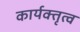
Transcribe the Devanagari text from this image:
कार्यक्तृत्व